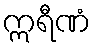
ဣရီဏံ